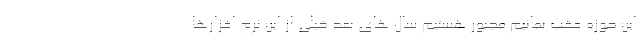
این حوزه عقب بمانیم مجبور هستیم سال های بعد خیلی از این نرم افزارها